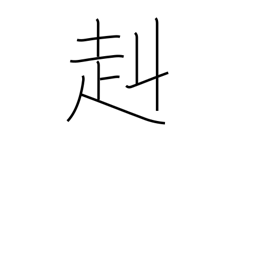
Meaning: strong and brave